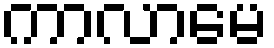
ကာလာမေ